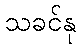
သခင်နု